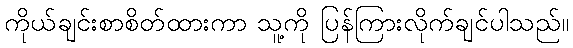
ကိုယ်ချင်းစာစိတ်ထားကာ သူ့ကို ပြန်ကြားလိုက်ချင်ပါသည်။